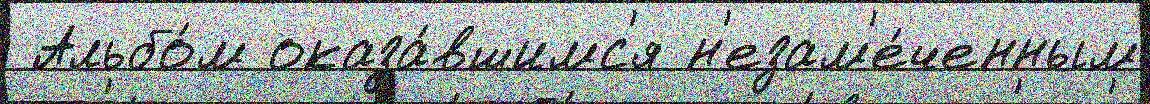
 Альбо́м оказа́вшимс'я н'езам'е́ченным